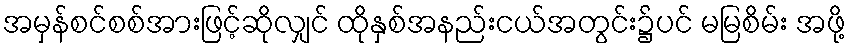
အမှန်စင်စစ်အားဖြင့်ဆိုလျှင် ထိုနှစ်အနည်းငယ်အတွင်း၌ပင် မမြစိမ်း အဖို့